Lunatic asylums in Bengal annual reports 1912-1924 - 1912-1924
Year: 1912
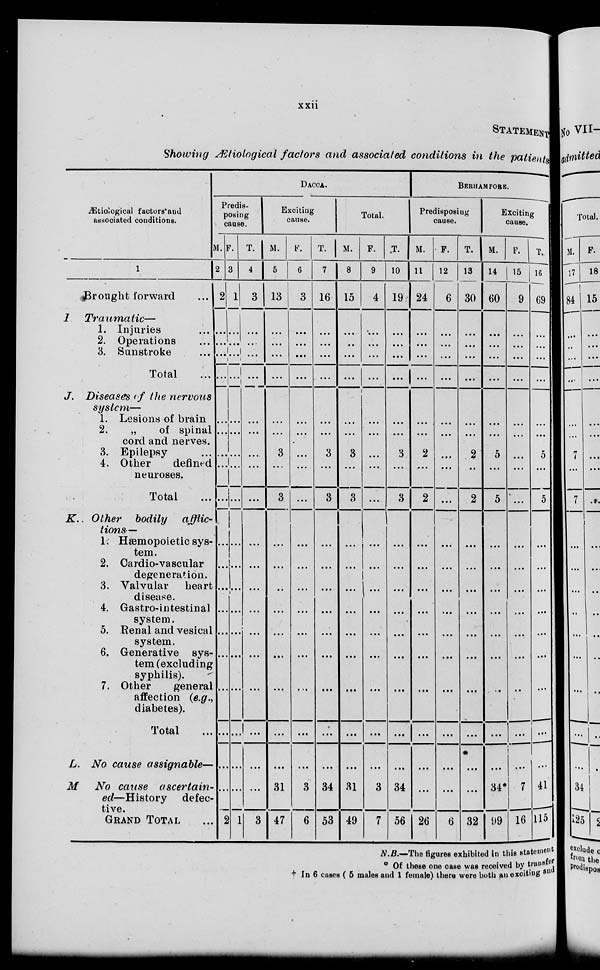
xxii
STATEMENT
Showing Ætiological factors and associated conditions in the patients
Ætiological factors' and
associated conditions.
1
Brought
forward
...
1
Traumatic—
1. Injuries ...
2. Operations ...
3. Sunstroke ...
Total ...
J. Diseases of the nervous
system—
1. Lesions of brain
2.
„
of spinal
cord and nerves.
3. Epilepsy
4. Other
defined
neuroses.
Total ...
K. Other bodily
afflic-
tions—
1. Hæmopoietic sys-
tem.
2. Cardio-vascular
degeneration.
3. Valvular
heart
disease.
4. Gastro-intestinal
system.
5. Renal and vesical
system.
6. Generative sys-
tem (excluding
syphilis).
7. Other
general
affection (e.g.,
diabetes).
Total ...
L. No cause assignable—
M
No cause
ascertain-
ed—History
defec-
tive.
GRAND TOTAL ...
DACCA.
Predis-
posing
cause.
M.
2
2
...
...
...
...
...
...
...
...
...
...
...
...
...
...
...
...
...
..
...
2
F.
3
1
...
...
...
...
...
...
...
...
...
...
...
...
...
...
...
...
...
...
...
1
T.
4
3
...
...
...
...
...
...
...
...
...
...
...
...
...
...
...
...
...
...
...
3
Exciting
cause.
M.
5
13
...
...
...
...
...
...
3
...
3
...
...
...
...
...
...
...
...
...
31
47
F.
6
3
...
...
...
...
...
...
...
...
...
...
...
...
...
...
...
...
...
...
3
6
T.
7
16
...
...
...
...
...
...
3
...
3
...
...
...
...
...
...
...
...
...
34
53
Total.
M.
8
15
...
...
...
...
...
...
3
...
3
...
...
...
...
...
...
...
...
...
31
49
F.
9
4
...
...
...
...
...
...
...
...
...
...
...
...
...
...
....
...
...
...
3
7
T.
10
19
...
...
...
...
...
...
3
...
3
...
...
...
...
...
...
...
...
...
34
56
BERHAMPORE.
Predisposing
cause.
M.
11
24
...
...
...
...
...
...
2
...
2
...
...
...
...
...
...
. ...
...
...
...
26
F.
12
6
...
...
...
...
...
...
...
...
...
...
...
...
...
...
...
...
...
...
...
6
T.
13
30
...
...
...
...
...
...
2
...
2
...
...
...
...
...
...
...
...
...
...
32
Exciting
cause.
M.
14
60
...
...
...
...
...
...
5
...
5
...
...
...
...
...
...
...
...
...
34
99
F.
15
9
...
...
...
...
...
...
...
...
...
...
...
...
...
...
...
...
...
...
7
16
T.
16
69
...
...
...
...
...
...
5
...
5
...
...
...
...
...
...
...
...
...
41
115
N.B.—The figures exhibited in this statement
* Of these one case was received by transfer
† In 6 cases ( 5 males and 1 female) there were both an exciting and